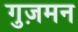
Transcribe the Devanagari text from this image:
गुज़मन